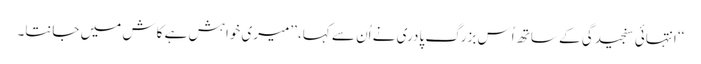
‘‘ انتہائی سنجیدگی کے ساتھ اُس بزرگ پادری نے اُن سے کہا، ’’میری خواہش ہے کاش میں جانتا۔